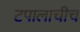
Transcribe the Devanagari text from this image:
टपालाचीच